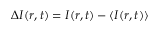
\Delta I ( r , t ) = I ( r , t ) - \langle I ( r , t ) \rangle